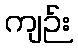
ကျဉ်း